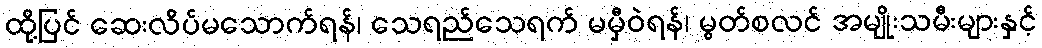
ထို့ပြင် ဆေးလိပ်မသောက်ရန်၊ သေရည်သေရက် မမှီဝဲရန်၊ မွတ်စလင် အမျိုးသမီးများနှင့်